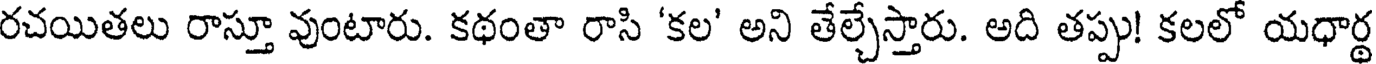
రచయితలు రాస్తూ వుంటారు. కథంతా రాసి 'కల' అని తేల్చేస్తారు. అది తప్పు! కలలో యధార్థ